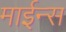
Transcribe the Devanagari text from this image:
माईन्स